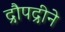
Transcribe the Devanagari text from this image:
द्रौपद्रीने